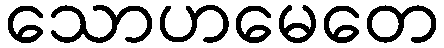
သောဟမေတေ